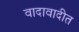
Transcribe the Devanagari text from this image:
वादावादीत